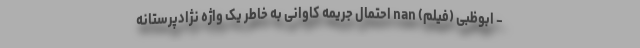
- ابوظبی (فیلم) nan احتمال جریمه کاوانی به خاطر یک واژه نژادپرستانه